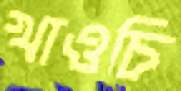
খাওচি